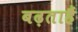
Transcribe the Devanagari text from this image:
बढ़ताहैं